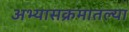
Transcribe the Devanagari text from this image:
अभ्यासक्रमातल्या